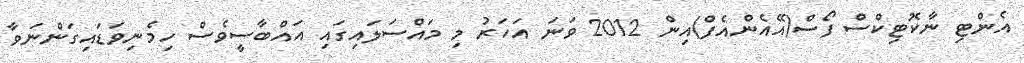
އެންޓި ނާކޮޓިކްސް ފޯސް(އޭއެންއެފް)އިން 2012 ވަނަ އަހަރު މި މައްސަލައިގައި އައްބާސީވެސް ހިމެނިވަޑައިގަންނަވާ